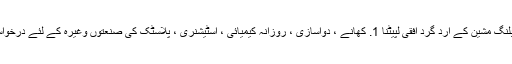
ٹیوب لیبلنگ مشین کے ارد گرد افقی لپیٹنا 1. کھانے ، دواسازی ، روزانہ کیمیائی ، اسٹیشنری ، پلاسٹک کی صنعتوں وغیرہ کے لئے درخواست دیں۔